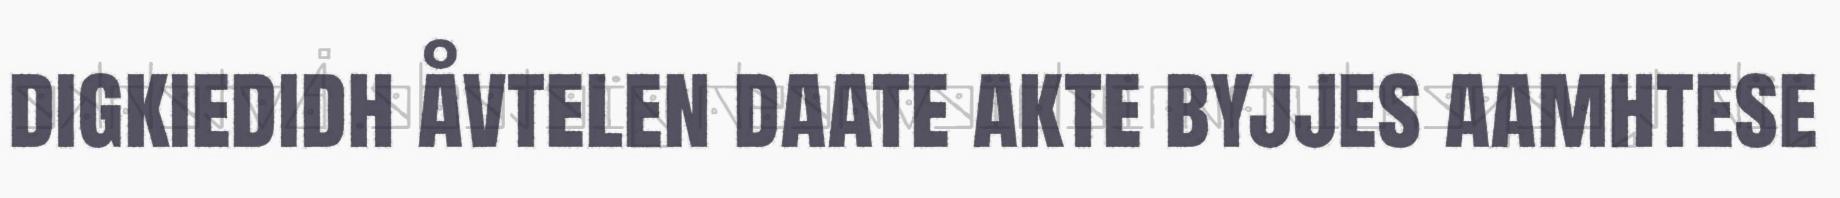
digkiedidh åvtelen daate akte byjjes aamhtese